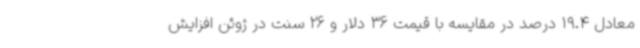
معادل 19.4 درصد در مقایسه با قیمت 36 دلار و 26 سنت در ژوئن افزایش